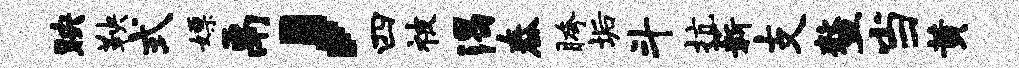
映鞅式嫖鬲，四被渴舂胯垢斗抗薪支鳌当黄